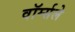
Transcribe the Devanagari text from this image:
वॉर्म्सले